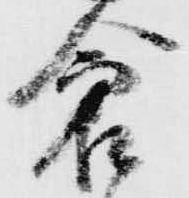
倉